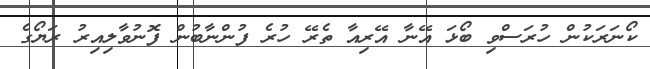
ކޯނަރަކުން ހުރަސްވި ބޯޅަ އޭނާ އޭރިއާ ތެރޭ ހުރެ ފުންނާބުން ފޮނުވާލިއިރު ރަޔޯގެ